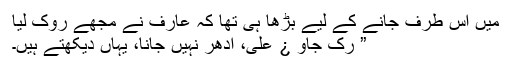
میں اس طرف جانے کے لیے بڑھا ہی تھا کہ عارف نے مجھے روک لیا
” رُک جاو ¿ علی، اُدھر نہیں جانا، یہاں دیکھتے ہیں۔